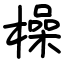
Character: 橾